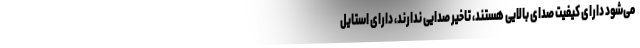
می‌شود دارای کیفیت صدای بالایی هستند، تاخیر صدایی ندارند، دارای استایل